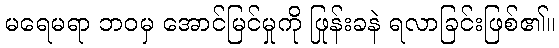
မရေမရာ ဘဝမှ အောင်မြင်မှုကို ဖြုန်းခနဲ ရလာခြင်းဖြစ်၏။